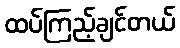
ထပ်ကြည့်ချင်တယ်